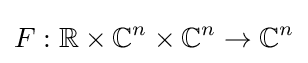
F:\mathbb {R} \times \mathbb {C} ^{n}\times \mathbb {C} ^{n}\rightarrow \mathbb {C} ^{n}